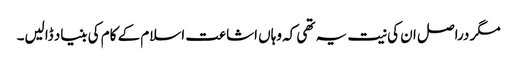
مگر دراصل ان کی نیت یہ تھی کہ وہاں اشاعت اسلام کے کام کی بنیاد ڈالیں۔